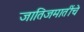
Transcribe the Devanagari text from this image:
जातिजमातींचे